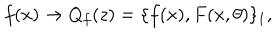
LaTeX: f ( x ) \to Q _ { f } ( z ) = \{ f ( x ) , F ( x , \theta ) \} _ { 1 } ,